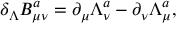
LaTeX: \delta _ { \Lambda } B _ { \mu \nu } ^ { a } = \partial _ { \mu } \Lambda _ { \nu } ^ { a } - \partial _ { \nu } \Lambda _ { \mu } ^ { a } ,